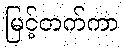
မြင့်တက်ကာ